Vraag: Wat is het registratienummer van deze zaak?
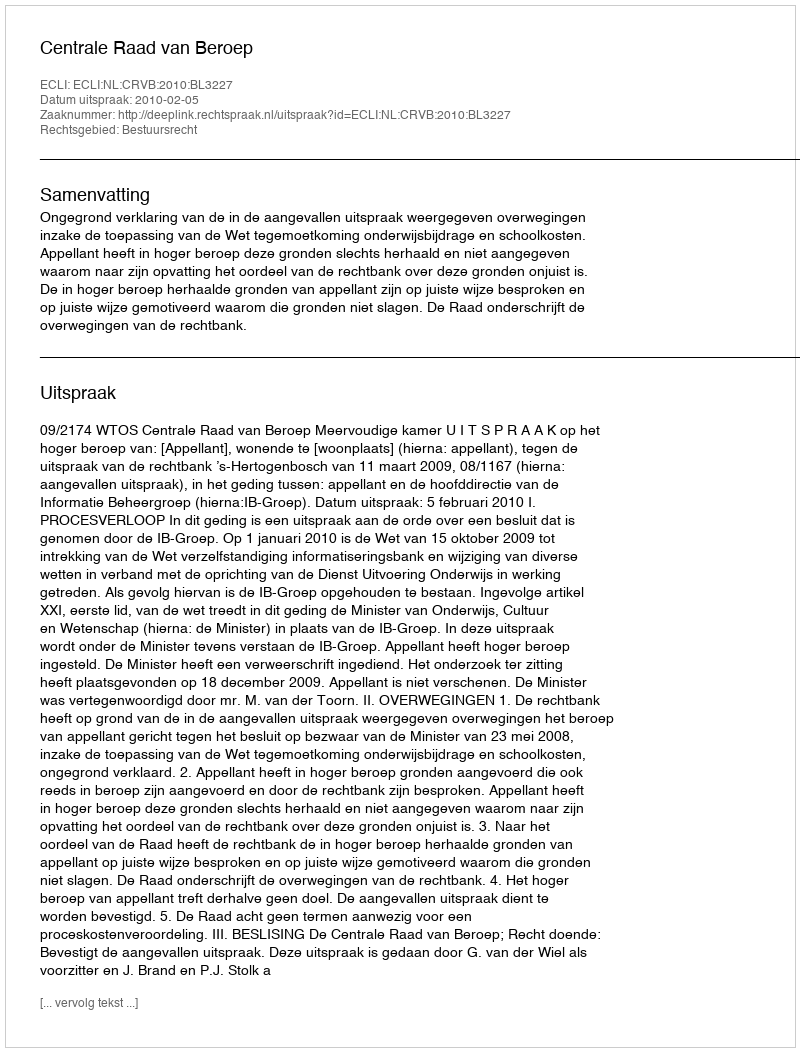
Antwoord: http://deeplink.rechtspraak.nl/uitspraak?id=ECLI:NL:CRVB:2010:BL3227